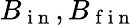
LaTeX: B_{\mathrm{~i~n~}},B_{\mathrm{~f~i~n~}}